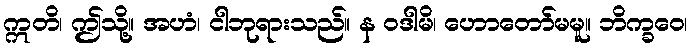
ဣတိ၊ ဤသို့။ အဟံ၊ ငါဘုရားသည်။ န ဝဒါမိ၊ ဟောတော်မမူ။ ဘိက္ခဝေ၊